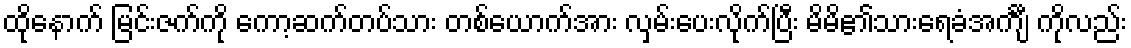
ထိုနောက် မြင်းဇက်ကို ကော့ဆက်တပ်သား တစ်ယောက်အား လှမ်းပေးလိုက်ပြီး မိမိ၏သားရေခံအင်္ကျီ ကိုလည်း